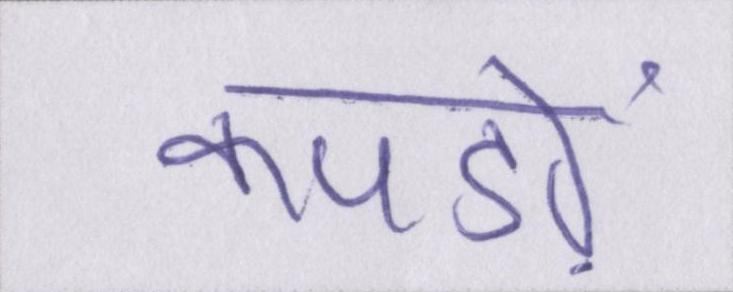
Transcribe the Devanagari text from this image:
कपड़ों